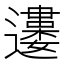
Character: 𨘒